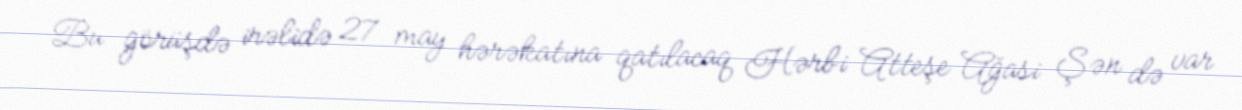
Bu görüşdə irəlidə 27 may hərəkatına qatılacaq Hərbi Atteşe Ağasi Şən də var